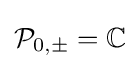
{\mathcal {P}}_{0,\pm }=\mathbb {C}